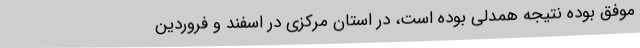
موفق بوده نتیجه همدلی بوده است، در استان مرکزی در اسفند و فروردین